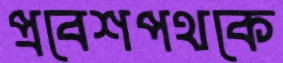
প্রবেশপথকে